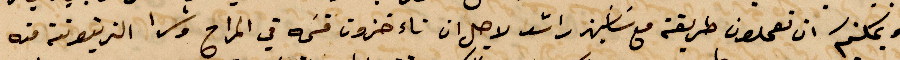
ويمكنكم ان يعملون طريقة ما سياسين راشد لاجل ان تاءخذون قسمه في المراح وشرا الزيتونة منه